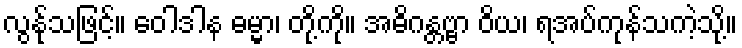
လွန်ုသဖြင့်။ ဝေါဒါန ဓမ္မာ၊ တို့ကို။ အဓိဂန္တဗ္ဗာ ဝိယ၊ ရအပ်ကုန်သကဲ့သို့။